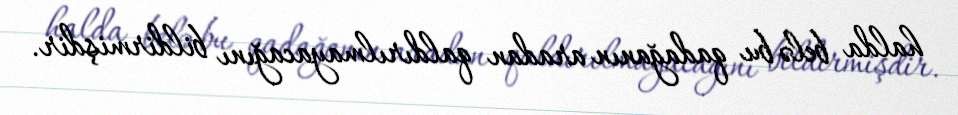
halda belə bu qadağanın aradan qaldırılmayacağını bildirmişdir.